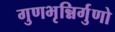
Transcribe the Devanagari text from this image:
गुणभृन्निर्गुणो